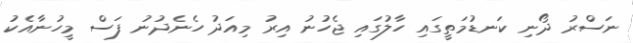
ނަސްރު ދޯނި ކަނޑުމަތީގައި ހާލުގައި ޖެހުނު އިރު މިއަދު ހެނެދުނު ފަސް މީހުނާއެކު